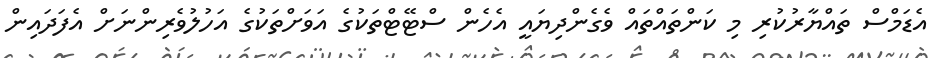
އެޑަމްސް ތައްޔާރުކުރި މި ކަންތައްތައް ވެގެންދިޔައީ އެހެން ސްޓޭޓްތަކުގެ އަވަށްތަކުގެ އަހުލުވެރިންނަށް އެފަދައިން